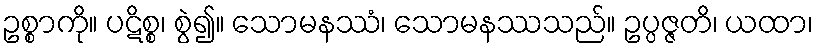
ဥစ္စာကို။ ပဋိစ္စ၊ စွဲ၍။ သောမနဿံ၊ သောမနဿသည်။ ဥပ္ပဇ္ဇတိ၊ ယထာ၊